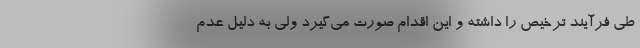
طی فرآیند ترخیص را داشته و این اقدام صورت می‌گیرد ولی به دلیل عدم